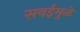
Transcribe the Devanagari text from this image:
सवईमुळे